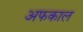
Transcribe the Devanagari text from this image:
अफकाल